Civil Veterinary Department Bengal reports 1923-33 - 1923-1933
Year: 1923
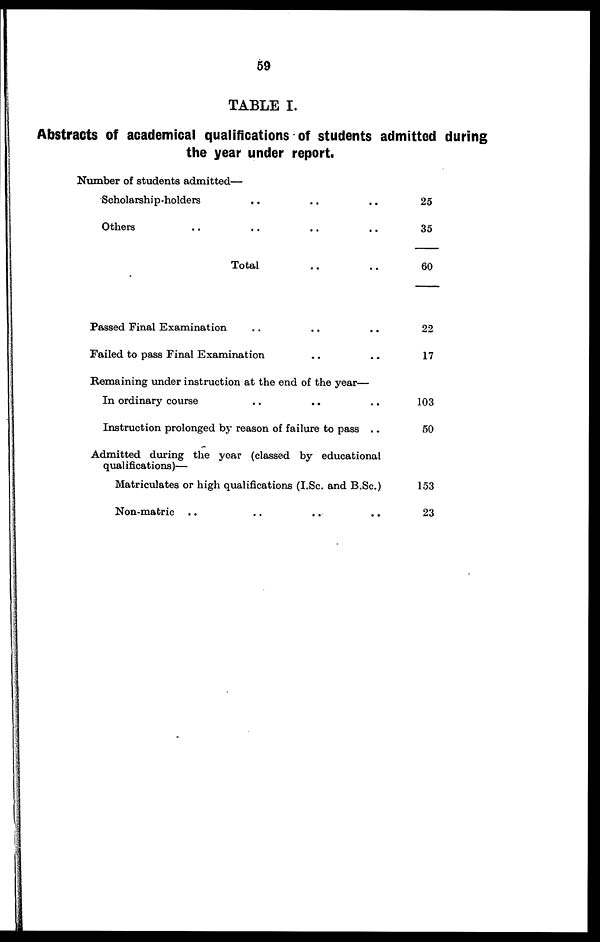
59
TABLE I.
Abstracts of academical qualifications of students admitted during
the year under report.
Number of students admitted—
Scholarship-holders .. .. ..
Others .. .. .. ..
Total .. ..
Passed Final Examination .. .. ..
Failed to pass Final Examination .. ..
Remaining under instruction at the end of the year—
In ordinary course
..
..
..
Instruction prolonged by reason of failure to pass ..
Admitted during the year (classed by educational
qualifications)—
Matriculates or high qualifications (I.Sc. and B.Sc.)
Non-matric .. .. .. ..
25
35
60
22
17
103
50
153
23